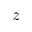
z